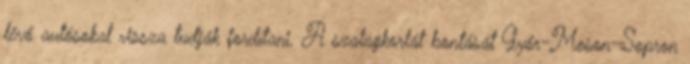
lévő autósokat vissza tudják fordítani. A szalagkorlát bontását Győr-Moson-Sopron